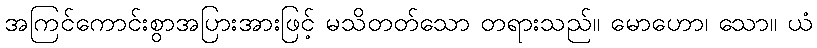
အကြင်ကောင်းစွာအပြားအားဖြင့် မသိတတ်သော တရားသည်။ မောဟော၊ သော။ ယံ